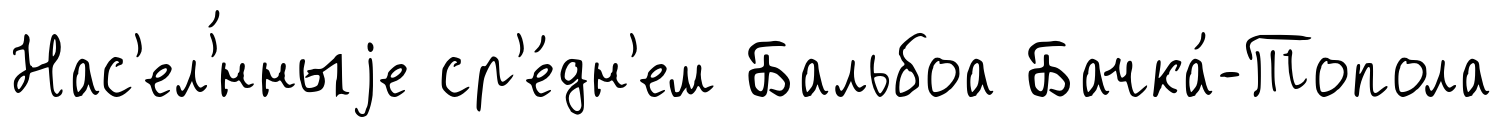
Нас'ел'́нныjе ср'е́дн'ем Бальбоа Бачка́-Топола